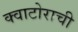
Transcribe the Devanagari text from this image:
क्वाटोराची